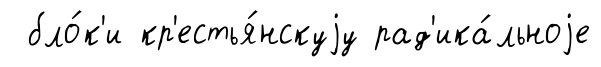
бло́к'и кр'естья́нскуjу рад'ика́льноjе